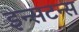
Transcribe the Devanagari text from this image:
इन्सटन्स